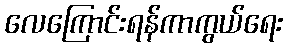
လေကြောင်းရန်ကာကွယ်ရေး